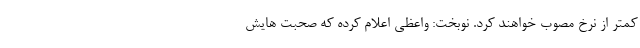
کمتر از نرخ مصوب خواهند کرد. نوبخت: واعظی اعلام کرده که صحبت هایش